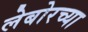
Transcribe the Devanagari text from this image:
लेबोरच्या